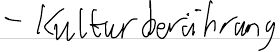
- Kulturberührung